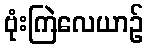
ဗုံးကြဲလေယာဉ်